Civil Veterinary Dept. North-West Frontier Province 1933-46 - 1933-1946
Year: 1933
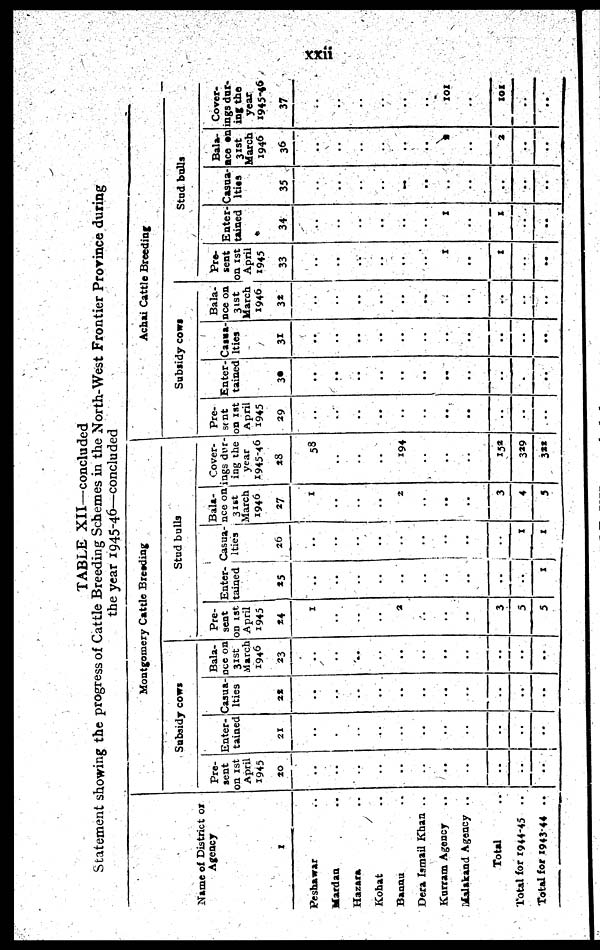
xxii
TABLE XII—concluded
Statement showing the progress of Cattle Breeding Schemes in the North-West Frontier Province during
the year 1945-46—concluded
Name of District or
Agency
1
Peshawar ..
Mardan ..
Hazara ..
Kohat ..
Bannu ..
Dera Ismail Khan ..
Kurram Agency ..
Malakand Agency ..
Total ..
Total for 1944-45
..
Total for 1943-44
Montgomery Cattle Breeding
Subsidy cows
Pre-
sent
on 1st
April
1945
20
..
..
..
..
..
..
..
..
..
..
..
Enter-
tained
21
..
..
..
..
..
..
..
..
..
..
..
Casua-
lties
22
..
..
..
..
..
..
..
..
..
..
..
Bala-
nce on
3xst
March
1946
23
..
..
..
..
..
..
..
..
..
..
..
Stud bulls
Pre-
sent
on 1st
April
1945
24
1
..
..
..
2
..
..
..
3
5
5
Enter-
tained
25
..
..
..
..
..
..
..
..
..
..
1
Casua-
lties
26
..
..
..
..
..
..
..
..
..
1
1
Bala-
nce on
31st
March
1946
27
1
..
..
..
2
..
..
..
3
4
5
Cover-
ngs dur-
ing the
year
1945-46
28
58
..
..
..
194
..
..
..
152
329
322
Achai Cattle Breeding
Subsidy cows
Pre-
sent
on 1st
April
1945
29
..
..
..
..
..
..
..
..
..
..
..
Enter-
tained
30
..
..
..
..
..
..
..
..
..
.
..
Casua-
lties
31
..
..
..
..
..
..
..
..
..
..
..
Bala-
nce on
31st
March
1946
32
..
..
..
..
..
..
..
..
..
..
..
Stud bulls
Pre-
sent
on 1st
April
1945
33
..
..
..
..
..
..
1
..
1
..
..
Enter-
tained
34
..
..
..
..
..
..
1
..
1
..
..
Casua-
lties
35
..
..
..
..
..
..
..
..
..
..
..
Bala-
nce on
31st
March
1946
36
..
..
..
..
..
..
2
..
2
..
..
Cover-
ings dur-
ing the
year
1945-46
37
..
..
..
..
..
..
101
..
101
..
..